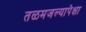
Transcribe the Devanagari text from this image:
तळमजल्यापेक्षा